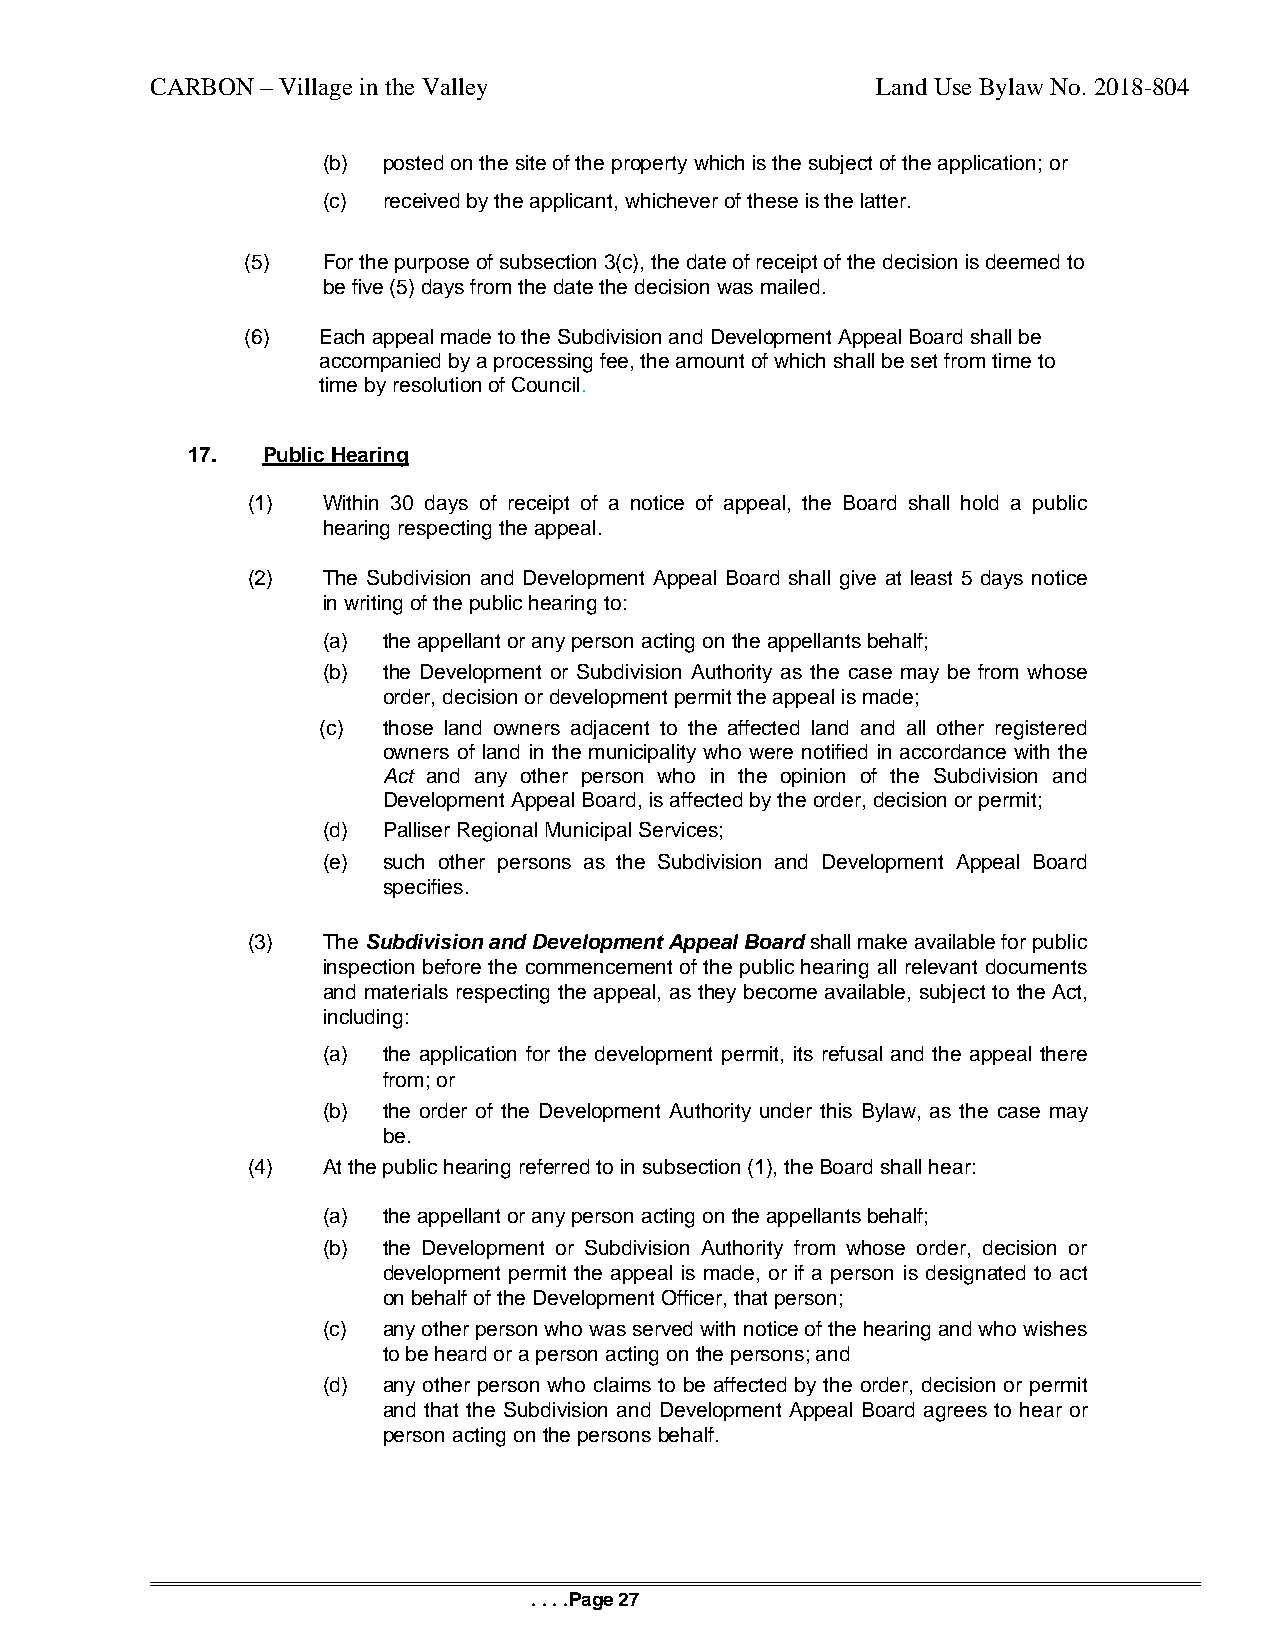
CARBON – Village in the Valley                  Land Use Bylaw No. 2018-804
 (b) posted on the site of the property which is the subject of the application; or
 (c) received by the applicant, whichever of these is the latter.
 (5)  For the purpose of subsection 3(c), the date of receipt of the decision is deemed to
 be five (5) days from the date the decision was mailed.
 (6)  Each appeal made to the Subdivision and Development Appeal Board shall be
 accompanied by a processing fee, the amount of which shall be set from time to
 time by resolution of Council.
 17.  Public Hearing
 (1)  Within 30 days of receipt of a notice of appeal, the Board shall hold a public
 hearing respecting the appeal.
 (2)  The Subdivision and Development Appeal Board shall give at least 5 days notice
 in writing of the public hearing to:
 (a) the appellant or any person acting on the appellants behalf;
 (b) the Development or Subdivision Authority as the case may be from whose
 order, decision or development permit the appeal is made;
 (c) those land owners adjacent to the affected land and all other registered
 owners of land in the municipality who were notified in accordance with the
 Act and any other person who in the opinion of the Subdivision and
 Development Appeal Board, is affected by the order, decision or permit;
 (d) Palliser Regional Municipal Services;
 (e) such other persons as the Subdivision and Development Appeal Board
 specifies.
 (3)  The Subdivision and Development Appeal Board shall make available for public
 inspection before the commencement of the public hearing all relevant documents
 and materials respecting the appeal, as they become available, subject to the Act,
 including:
 (a) the application for the development permit, its refusal and the appeal there
 from; or
 (b) the order of the Development Authority under this Bylaw, as the case may
 be.
 (4)  At the public hearing referred to in subsection (1), the Board shall hear:
 (a) the appellant or any person acting on the appellants behalf;
 (b) the Development or Subdivision Authority from whose order, decision or
 development permit the appeal is made, or if a person is designated to act
 on behalf of the Development Officer, that person;
 (c) any other person who was served with notice of the hearing and who wishes
 to be heard or a person acting on the persons; and
 (d) any other person who claims to be affected by the order, decision or permit
 and that the Subdivision and Development Appeal Board agrees to hear or
 person acting on the persons behalf.
 . . . .Page 27